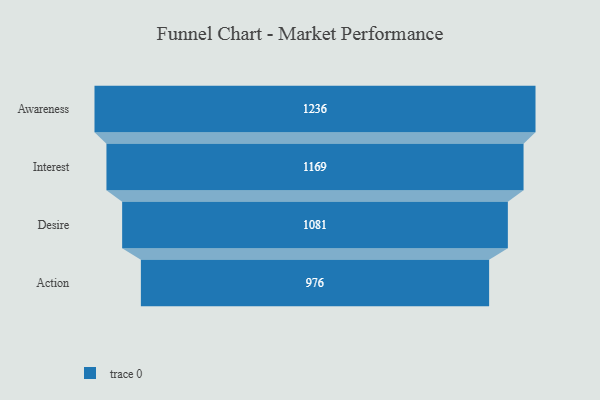
{"axis": {"x": "Stage", "y": "Value"}, "legend": [""], "data": [{"x": "Awareness", "y": 1236.0, "type": ""}, {"x": "Interest", "y": 1169.0, "type": ""}, {"x": "Desire", "y": 1081.0, "type": ""}, {"x": "Action", "y": 976.0, "type": ""}]}